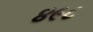
૪૯૮